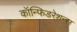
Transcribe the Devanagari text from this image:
कॉन्फिडरेशन्स